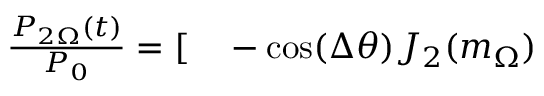
\begin{array} { r l } { \frac { P _ { 2 \Omega } ( t ) } { P _ { 0 } } = [ } & { { } - \cos ( \Delta \theta ) J _ { 2 } ( m _ { \Omega } ) } \end{array}